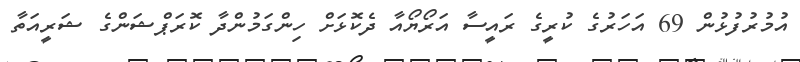
އުމުރުފުޅުން 69 އަހަރުގެ ކުރީގެ ރައީސާ އަރޯޔޯއާ ދެކޮޅަށް ހިންގަމުންދާ ކޮރަޕްޝަންގެ ޝަރީއަތާ